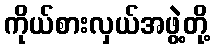
ကိုယ်စားလှယ်အဖွဲ့တို့